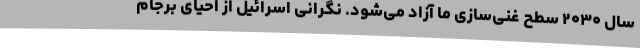
سال ۲۰۳۰ سطح غنی‌سازی ما آزاد می‌شود. نگرانی اسرائیل از احیای برجام